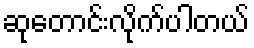
ဆုတောင်းလိုက်ပါတယ်